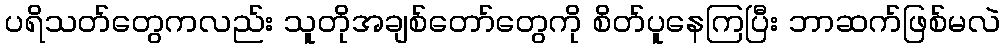
ပရိသတ်တွေကလည်း သူတိုအချစ်တော်တွေကို စိတ်ပူနေကြပြီး ဘာဆက်ဖြစ်မလဲ